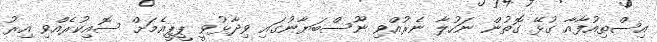
އިސްތިއުފާއާ ގުޅޭ ގޮތުން ނަހުލާ ނެރުއްވި ނޫސްބަޔާނުގައި ވިދާޅުވީ ޕީޕީއެމަށް ސޮއިކުރެއްވި އިރު